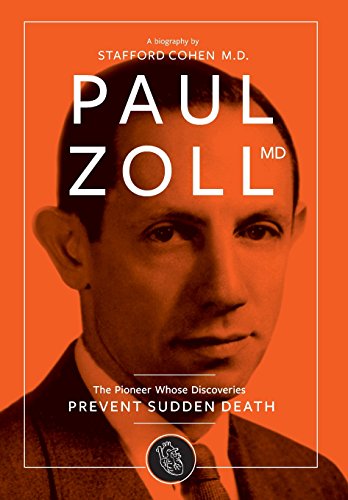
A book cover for Paul Zoll MD; The Pioneer Whose Discoveries Prevent Sudden Death; Stafford I. Cohen; Medical Books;